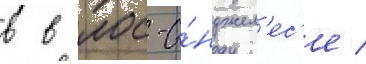
в в лос-а́нджел'ес'е /